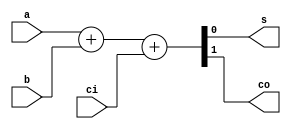
// Code your design here
module fa_1(a,b,ci,s,co);
input a,b,ci;
output s,co;

assign {co,s}=a+b+ci;

endmodule


module fa_4(A,B,Cin,S,Co);
input [3:0] A,B;
input Cin;
output [3:0] S;
  output Co;

wire[2:0] c;

fa_1 a0(A[0], B[0], Cin, S[0], c[0] );
fa_1 a1(A[1], B[1], c[0], S[1], c[1] );

fa_1 a2(A[2], B[2], c[1], S[2], c[2] );
fa_1 a3(A[3], B[3], c[2], S[3], Co );

endmodule